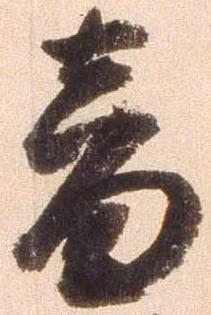
音